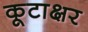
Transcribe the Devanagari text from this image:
कूटाक्षर